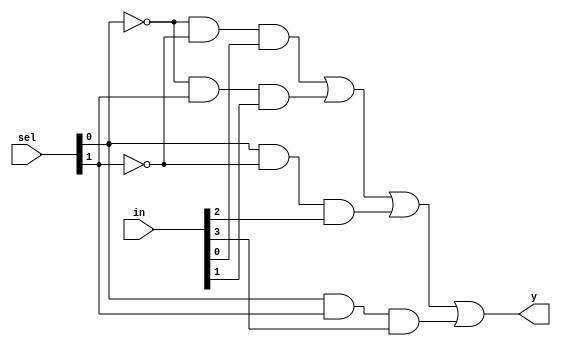
`timescale 1ns / 1ps

module mux_4x1(y,in,sel);
input [3:0]in;
input [1:0]sel;
output y;

assign y = (~sel[0]&~sel[1]&in[0]) | (~sel[0]&sel[1]&in[1]) | (sel[0]&~sel[1]&in[2]) | (sel[0]&sel[1]&in[3]);

endmodule